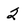
Character: 2